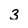
Character: 3